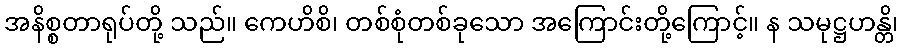
အနိစ္စတာရုပ်တို့ သည်။ ကေဟိစိ၊ တစ်စုံတစ်ခုသော အကြောင်းတို့ကြောင့်။ န သမုဋ္ဌဟန္တိ၊